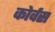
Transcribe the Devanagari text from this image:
कोर्वस